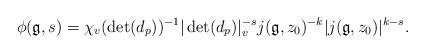
LaTeX: \begin{align*}\phi(\mathfrak{g},s)=\chi_v(\det(d_p))^{-1}|\det(d_p)|_{v}^{-s}j(\mathfrak{g},z_0)^{-k}|j(\mathfrak{g},z_0)|^{k-s}.\end{align*}